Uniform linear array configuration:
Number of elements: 32
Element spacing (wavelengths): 0.25
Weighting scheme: hann
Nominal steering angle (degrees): -30
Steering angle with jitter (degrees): -29.262
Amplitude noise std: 0.05
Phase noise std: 0.05

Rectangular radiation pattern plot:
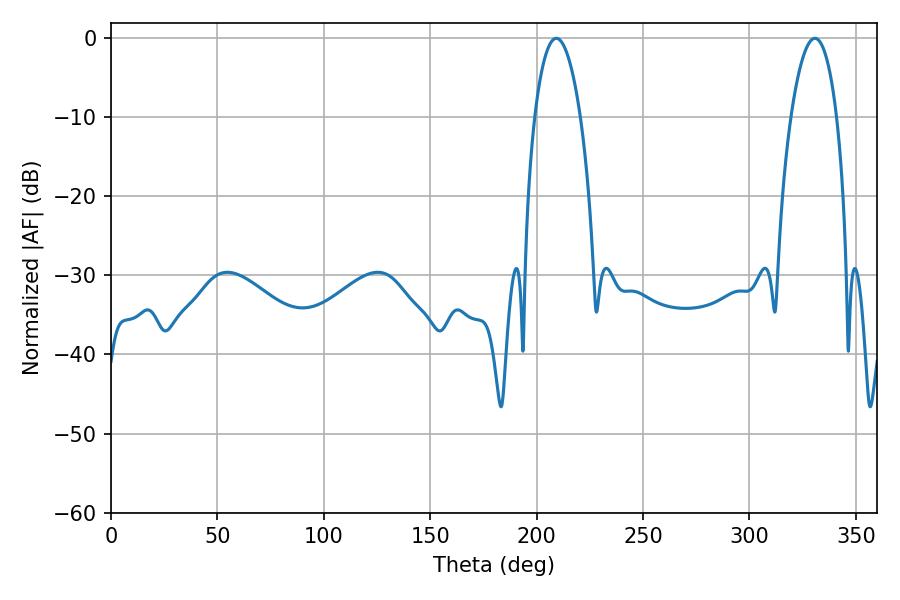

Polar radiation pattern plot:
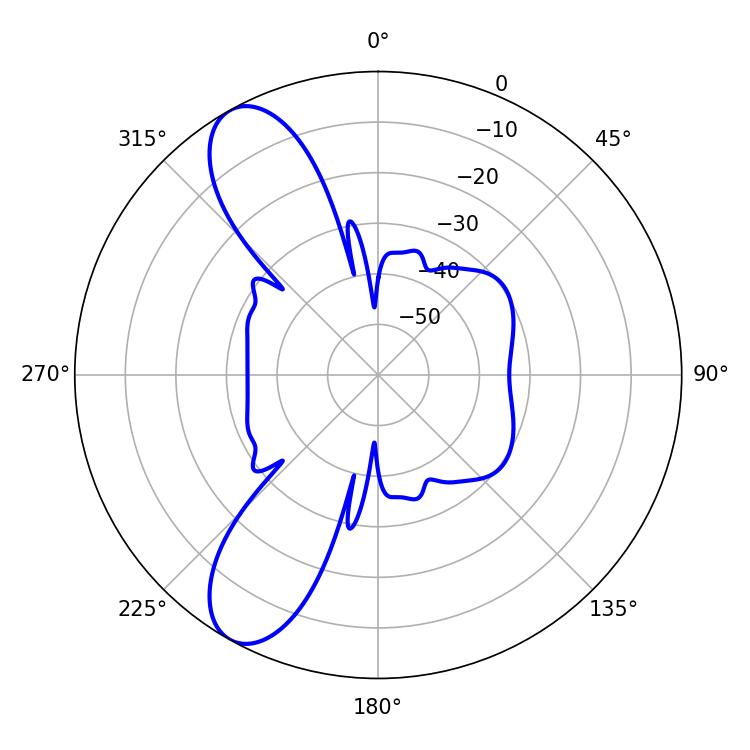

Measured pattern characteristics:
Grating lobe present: FALSE
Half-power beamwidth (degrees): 12.06
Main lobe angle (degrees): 209.16